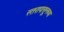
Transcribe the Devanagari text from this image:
स्तरापासूनच्या